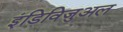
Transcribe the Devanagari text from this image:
इंडिविजुअल